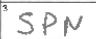
Transcription: SPN